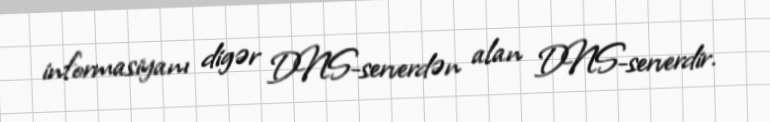
informasiyanı digər DNS-serverdən alan DNS-serverdir.